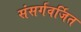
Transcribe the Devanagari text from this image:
संसर्गवर्जित